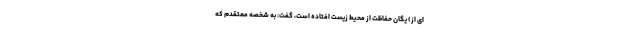
ای از) یگان حفاظت از محیط زیست افتاده است، گفت: به شخصه معتقدم که